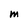
Character: M